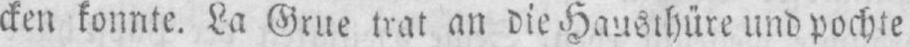
cken konnte. La Grue trat an die Hausthüre und pochte